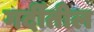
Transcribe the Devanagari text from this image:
गर्दीतील